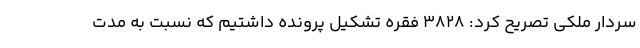
سردار ملکی تصریح کرد: ۳۸۲۸ فقره تشکیل پرونده داشتیم که نسبت به مدت